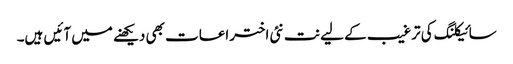
سائیکلنگ کی ترغیب کے لیے نت نئی اختراعات بھی دیکھنے میں آئیں ہیں۔